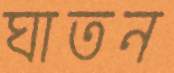
ঘাতন